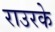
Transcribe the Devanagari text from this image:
राउरके